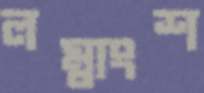
লম্বাংশ